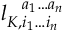
l _ { K , i _ { 1 } \ldots i _ { n } } ^ { \phantom { K , } a _ { 1 } \ldots a _ { n } }